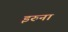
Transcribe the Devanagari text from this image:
इरुना